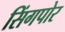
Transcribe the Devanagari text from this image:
सिंगपोर